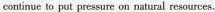
continue to put pressure on natural resources.